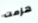
هزمت